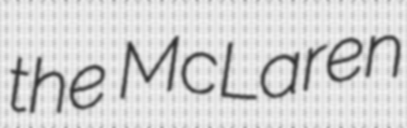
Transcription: the McLaren